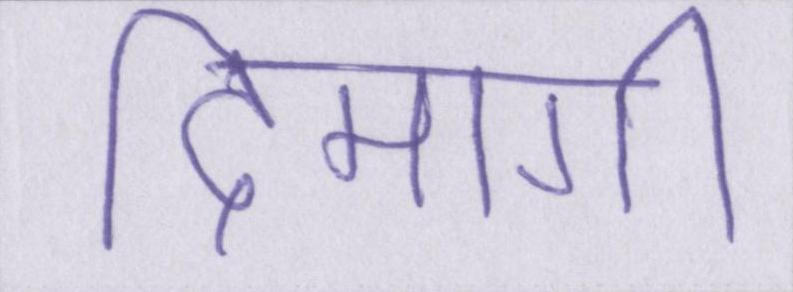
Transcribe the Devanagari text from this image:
दिमागी